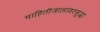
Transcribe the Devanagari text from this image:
माहितीजालावरसुद्धा